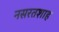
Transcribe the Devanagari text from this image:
नसरतशाह